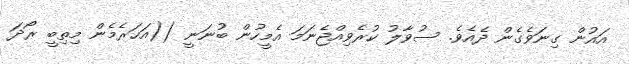
އައުން ގިނަވެގެން ދެއެވެ. ސުވާލު ކުރެވިއްޖެނަމަ އެމީހުން ބުނަނީ ((އަހަރެމެން މިތިބީ ރޯދަ